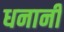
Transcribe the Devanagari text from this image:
धनानी